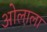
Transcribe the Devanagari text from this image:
ओलाला